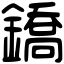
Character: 鐈